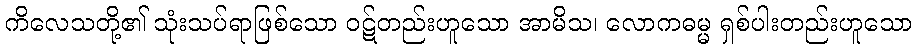
ကိလေသတို့၏ သုံးသပ်ရာဖြစ်သော ဝဋ်တည်းဟူသော အာမိသ၊ လောကဓမ္မ ရှစ်ပါးတည်းဟူသော